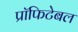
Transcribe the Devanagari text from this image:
प्रॉफिटेबल